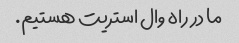
ما در راه وال استریت هستیم.